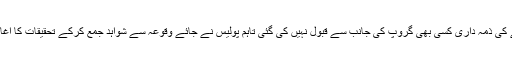
دھماکے کی ذمہ داری کسی بھی گروپ کی جانب سے قبول نہیں کی گئی تاہم پولیس نے جائے وقوعہ سے شواہد جمع کرکے تحقیقات کا آغاز کردیا۔